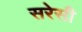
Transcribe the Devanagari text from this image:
सरेसी